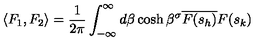
\langle F _ { 1 } , F _ { 2 } \rangle = \frac { 1 } { 2 \pi } \int _ { - \infty } ^ { \infty } d \beta \cosh \beta ^ { \sigma } \overline { { F ( s _ { h } ) } } F ( s _ { k } )